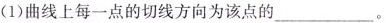
(1)曲线上每一点的切线方向为该点的___。